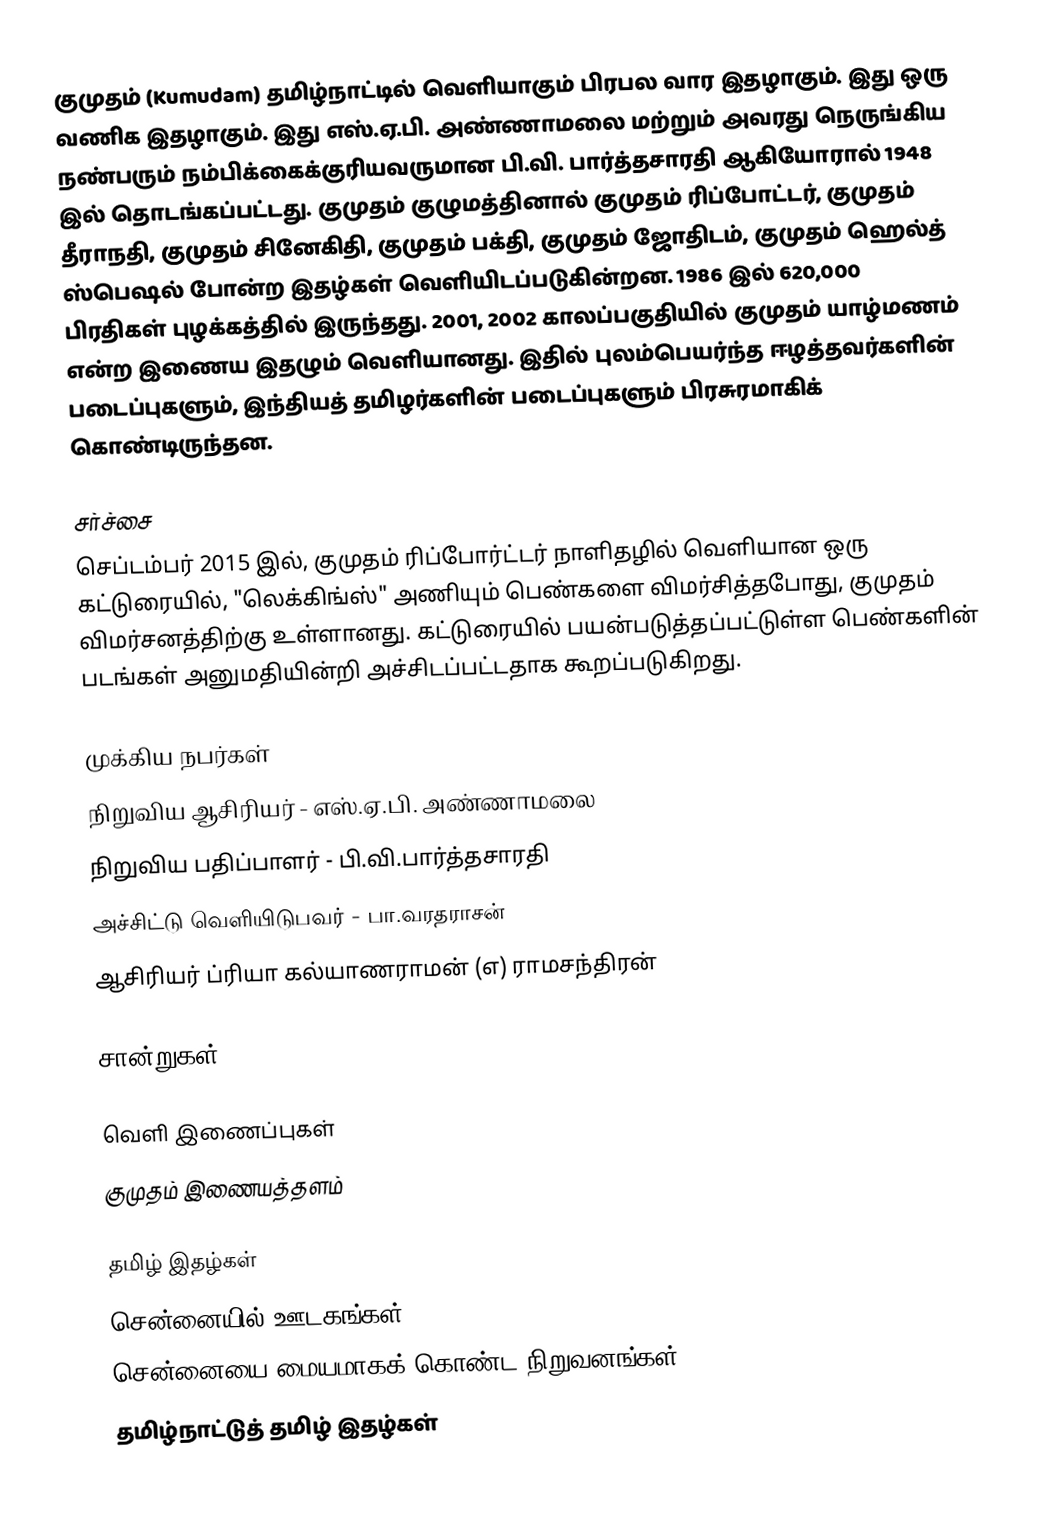
குமுதம் (Kumudam) தமிழ்நாட்டில் வெளியாகும் பிரபல வார இதழாகும். இது ஒரு வணிக இதழாகும். இது எஸ்.ஏ.பி. அண்ணாமலை மற்றும் அவரது நெருங்கிய நண்பரும் நம்பிக்கைக்குரியவருமான பி.வி. பார்த்தசாரதி ஆகியோரால் 1948 இல் தொடங்கப்பட்டது. குமுதம் குழுமத்தினால் குமுதம் ரிப்போட்டர், குமுதம் தீராநதி, குமுதம் சினேகிதி, குமுதம் பக்தி, குமுதம் ஜோதிடம், குமுதம் ஹெல்த் ஸ்பெஷல் போன்ற இதழ்கள் வெளியிடப்படுகின்றன. 1986 இல் 620,000 பிரதிகள் புழக்கத்தில் இருந்தது. 2001, 2002 காலப்பகுதியில் குமுதம் யாழ்மணம் என்ற இணைய இதழும் வெளியானது. இதில் புலம்பெயர்ந்த ஈழத்தவர்களின் படைப்புகளும், இந்தியத் தமிழர்களின் படைப்புகளும் பிரசுரமாகிக் கொண்டிருந்தன.

சர்ச்சை
செப்டம்பர் 2015 இல், குமுதம் ரிப்போர்ட்டர் நாளிதழில் வெளியான ஒரு கட்டுரையில், "லெக்கிங்ஸ்" அணியும் பெண்களை விமர்சித்தபோது, குமுதம் விமர்சனத்திற்கு உள்ளானது. கட்டுரையில் பயன்படுத்தப்பட்டுள்ள பெண்களின் படங்கள் அனுமதியின்றி அச்சிடப்பட்டதாக கூறப்படுகிறது.

முக்கிய நபர்கள்
நிறுவிய ஆசிரியர் - எஸ்.ஏ.பி. அண்ணாமலை
நிறுவிய பதிப்பாளர் - பி.வி.பார்த்தசாரதி
அச்சிட்டு வெளியிடுபவர் - பா.வரதராசன்
ஆசிரியர் ப்ரியா கல்யாணராமன் (எ) ராமசந்திரன்

சான்றுகள்

வெளி இணைப்புகள்
 குமுதம் இணையத்தளம்

தமிழ் இதழ்கள்
சென்னையில் ஊடகங்கள்
சென்னையை மையமாகக் கொண்ட நிறுவனங்கள்
தமிழ்நாட்டுத் தமிழ் இதழ்கள்